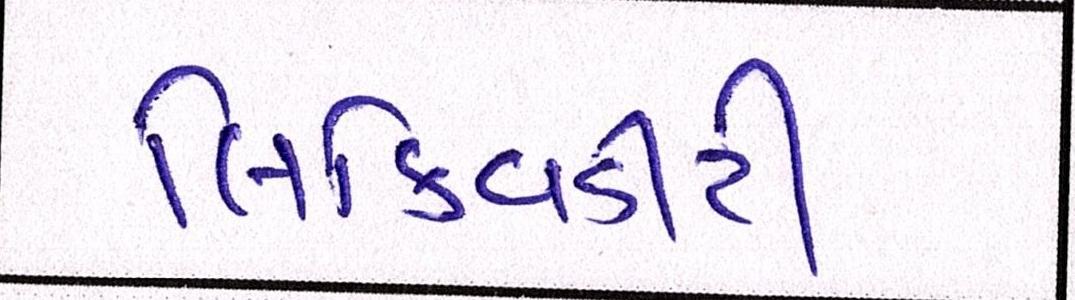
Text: લિક્વિડીટી